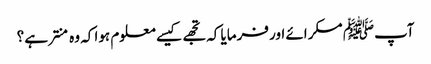
آپﷺ مسکرائے اور فرمایا کہ تجھے کیسے معلوم ہوا کہ وہ منتر ہے ؟